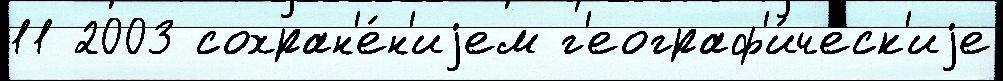
11 2003 сохран'е́н'иjем г'еограф'и́ческ'иjе